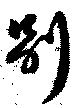
別